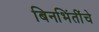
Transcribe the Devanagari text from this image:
बिनभिंतींचे